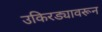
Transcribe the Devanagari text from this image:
उकिरड्यावरून